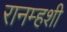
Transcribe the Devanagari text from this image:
रानम्हशी